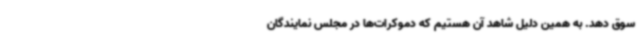
سوق دهد. به همین دلیل شاهد آن هستیم که دموکرات‌ها در مجلس نمایندگان